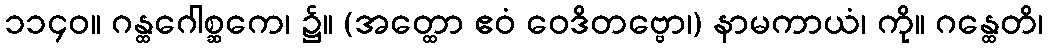
၁၁၄၀။ ဂန္ထဂေါစ္ဆကေ၊ ၌။ (အတ္ထော ဧဝံ ဝေဒိတဗ္ဗော၊) နာမကာယံ၊ ကို။ ဂန္ထေတိ၊